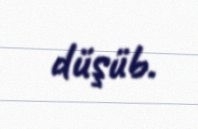
düşüb.